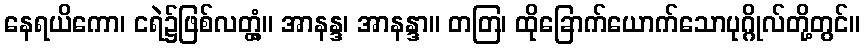
နေရယိကော၊ ငရဲ၌ဖြစ်လတ္တံ့။ အာနန္ဒ၊ အာနန္ဒာ။ တတြ၊ ထိုခြောက်ယောက်သောပုဂ္ဂိုလ်တို့တွင်။